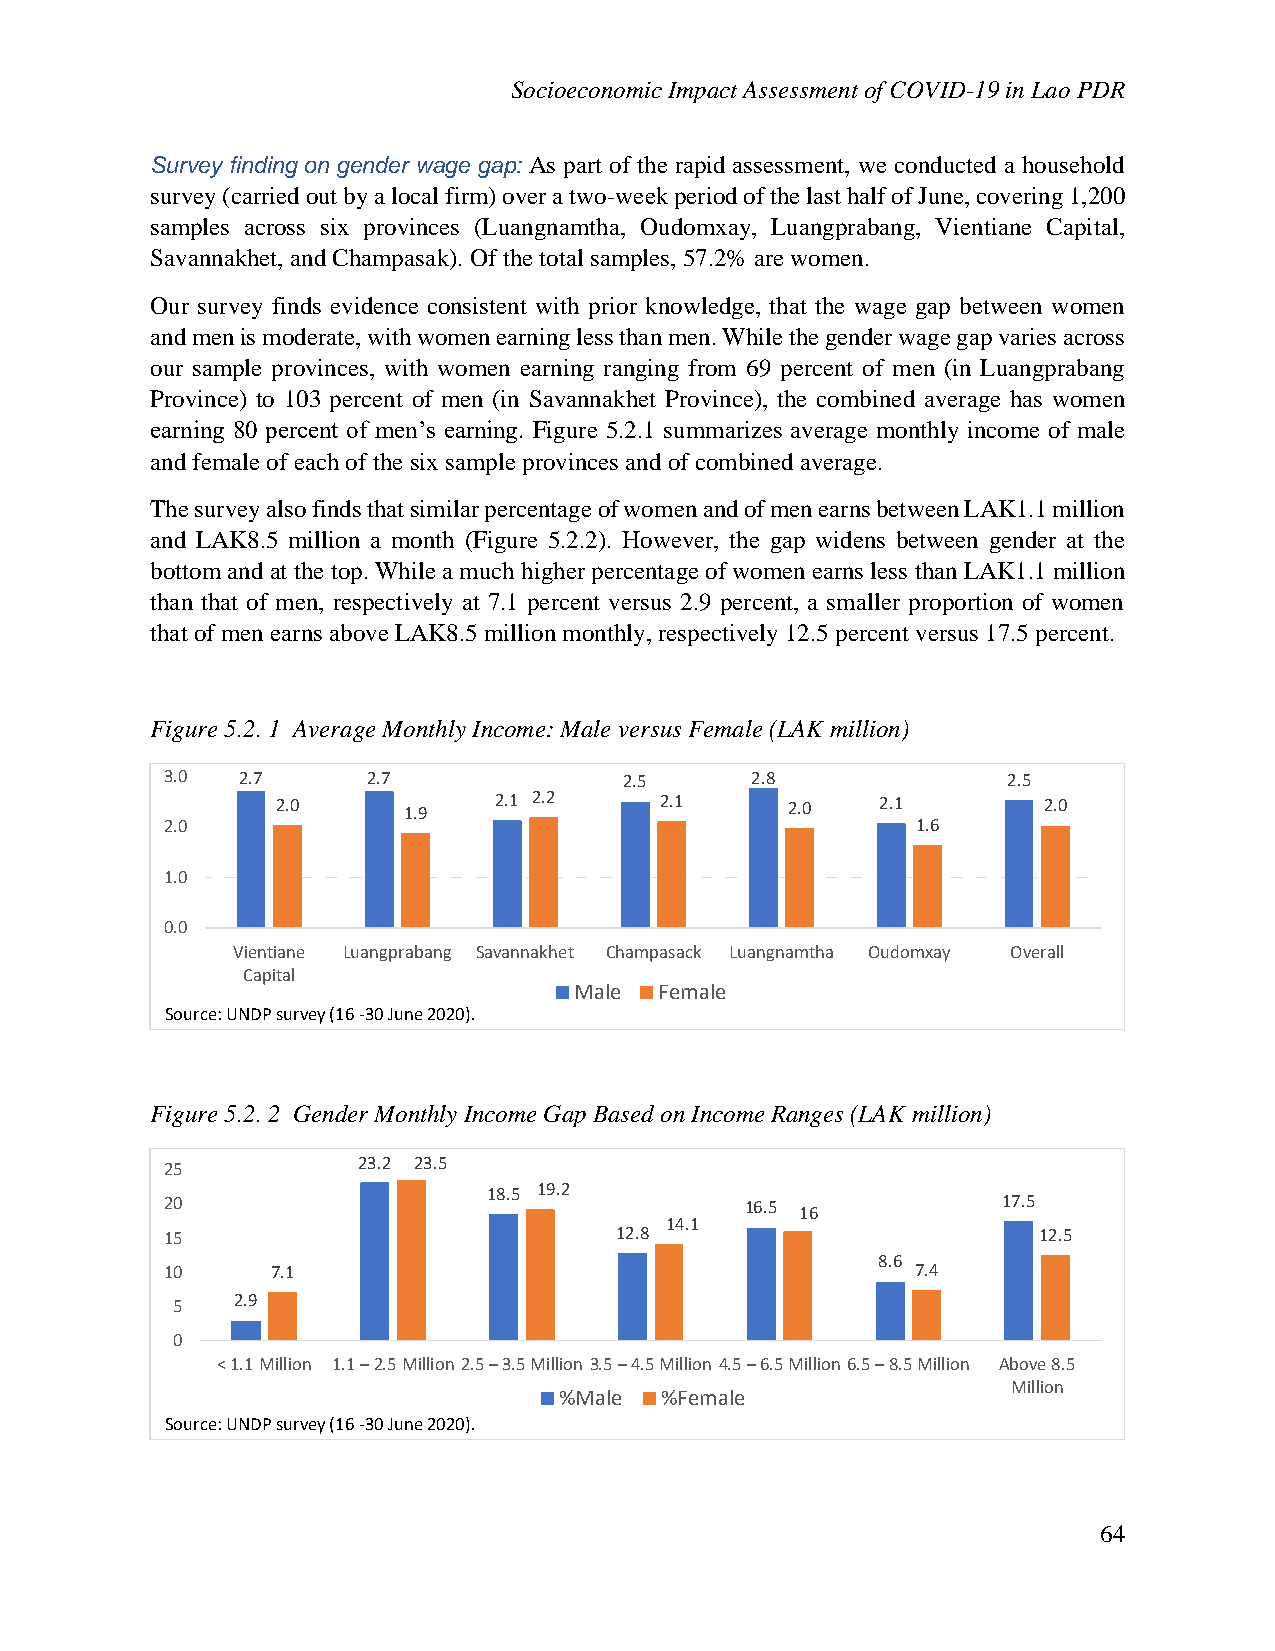
Socioeconomic Impact Assessment of COVID-19 in Lao PDR
 Survey finding on gender wage gap: As part of the rapid assessment, we conducted a household
 survey (carried out by a local firm) over a two-week period of the last half of June, covering 1,200
 samples across six provinces (Luangnamtha, Oudomxay, Luangprabang, Vientiane Capital,
 Savannakhet, and Champasak). Of the total samples, 57.2% are women.
 Our survey finds evidence consistent with prior knowledge, that the wage gap between women
 and men is moderate, with women earning less than men. While the gender wage gap varies across
 our sample provinces, with women earning ranging from 69 percent of men (in Luangprabang
 Province) to 103 percent of men (in Savannakhet Province), the combined average has women
 earning 80 percent of men’s earning. Figure 5.2.1 summarizes average monthly income of male
 and female of each of the six sample provinces and of combined average.
 The survey also finds that similar percentage of women and of men earns between LAK1.1 million
 and LAK8.5 million a month (Figure 5.2.2). However, the gap widens between gender at the
 bottom and at the top. While a much higher percentage of women earns less than LAK1.1 million
 than that of men, respectively at 7.1 percent versus 2.9 percent, a smaller proportion of women
 that of men earns above LAK8.5 million monthly, respectively 12.5 percent versus 17.5 percent.
 Figure 5.2. 1 Average Monthly Income: Male versus Female (LAK million)
 3.0  2.7     2.7              2.5      2.8              2.5
 2.0      1.9   2.1 2.2    2.1     2.0   2.1        2.0
 2.0                                               1.6
 1.0
 0.0
 Vientiane Luangprabang Savannakhet Champasack Luangnamtha Oudomxay Overall
 Capital
 Male  Female
 Source: UNDP survey (16 -30 June 2020).
 Figure 5.2. 2 Gender Monthly Income Gap Based on Income Ranges (LAK million)
 25           23.2 23.5
 18.5 19.2
 20                                    16.5 16          17.5
 14.1
 15                            12.8                        12.5
 8.6
 10     7.1                                        7.4
 5   2.9
 0
 < 1.1 Million 1.1 –2.5 Million 2.5 –3.5 Million 3.5 –4.5 Million 4.5 –6.5 Million 6.5 –8.5 Million Above 8.5
 Million
 %Male  %Female
 Source: UNDP survey (16 -30 June 2020).
 64